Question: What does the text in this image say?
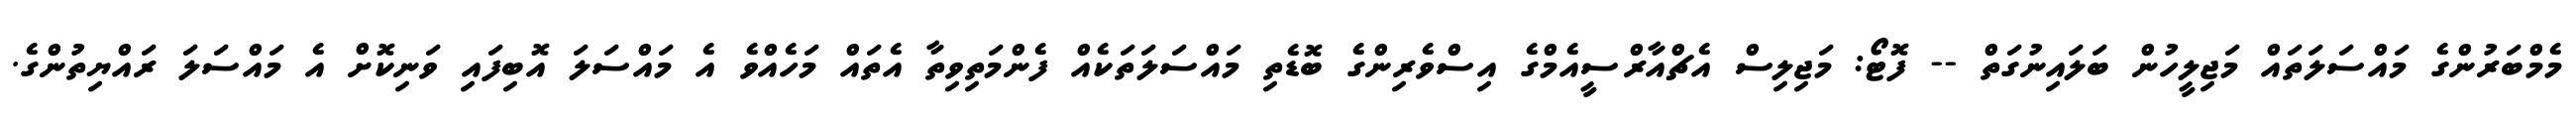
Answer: މެމްބަރުންގެ މައްސަލަތައް މަޖިލީހުން ބަލައިނުގަތް -- ފޮޓޯ: މަޖިލިސް އެޗްއާރްސީއެމްގެ އިސްވެރިންގެ ބޮޑެތި މައްސަލަތަކެއް ފެންމަތިވިތާ އެތައް މަހެއްވެ އެ މައްސަލަ އޮބިފައި ވަނިކޮށް އެ މައްސަލަ ރައްޔިތުންގެ.